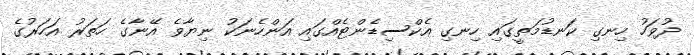
ދުވަހު ހިނގި ކަނޑުމަތީގައި ހިނގި އެކްސިޑެންޓެއްގައި އަންހެނަކު ނިޔާވެ އޭނާގެ ހަތަރު އަހަރުގެ